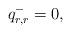
LaTeX: \begin{align*}q^{-}_{r,r}=0,\end{align*}